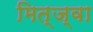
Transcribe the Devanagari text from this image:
मित्ज्वा